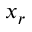
x _ { r }